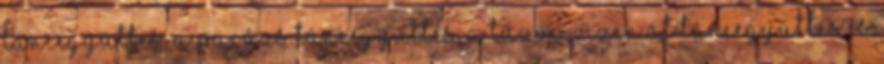
Táncegyüttes, a Parázs Táncegyüttes, a Tűzön-Vizen Át Táncegyüttes és